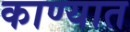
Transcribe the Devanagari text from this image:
काण्यात